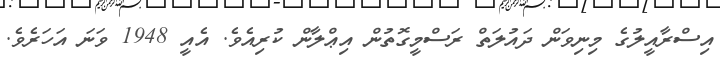
އިސްރާއީލުގެ މިނިވަން ދައުލަތް ރަސްމީގޮތުން އިޢްލާން ކުރިއެވެ. އެއީ 1948 ވަނަ އަހަރެވެ.